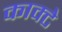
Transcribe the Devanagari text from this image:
काक्टे